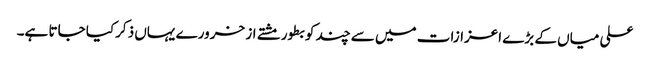
علی میاں کے بڑے اعزازات میں سے چند کو بطور مشتے از خرورے یہاں ذکرکیا جاتا ہے۔